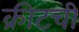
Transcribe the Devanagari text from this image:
क्रीटची